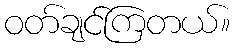
ဝတ်ချင်ကြတယ်။